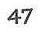
47